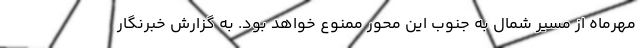
مهرماه از مسیر شمال به جنوب این محور ممنوع خواهد بود. به گزارش خبرنگار